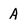
Character: A